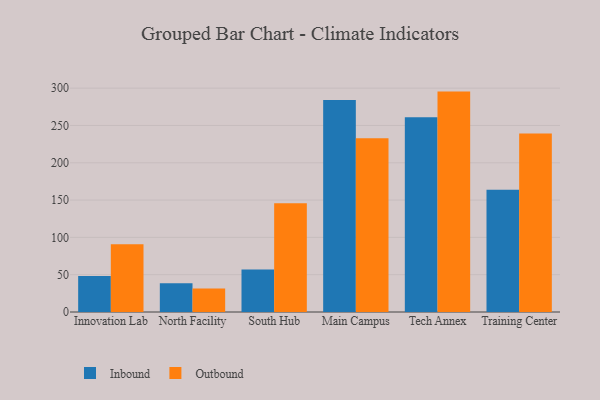
{"axis": {"x": "Campus", "y": "Demand Index"}, "legend": ["Inbound", "Outbound"], "data": [{"x": "Innovation Lab", "y": 48.4, "type": "Inbound"}, {"x": "Innovation Lab", "y": 90.7, "type": "Outbound"}, {"x": "North Facility", "y": 38.6, "type": "Inbound"}, {"x": "North Facility", "y": 31.4, "type": "Outbound"}, {"x": "South Hub", "y": 57.0, "type": "Inbound"}, {"x": "South Hub", "y": 145.8, "type": "Outbound"}, {"x": "Main Campus", "y": 284.3, "type": "Inbound"}, {"x": "Main Campus", "y": 232.9, "type": "Outbound"}, {"x": "Tech Annex", "y": 261.0, "type": "Inbound"}, {"x": "Tech Annex", "y": 295.4, "type": "Outbound"}, {"x": "Training Center", "y": 163.7, "type": "Inbound"}, {"x": "Training Center", "y": 239.4, "type": "Outbound"}]}